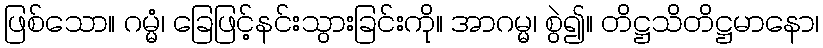
ဖြစ်သော။ ဂမ္မံ၊ ခြေဖြင့်နင်းသွားခြင်းကို။ အာဂမ္မ၊ စွဲ၍။ တိဋ္ဌသိတိဋ္ဌမာနော၊